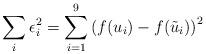
LaTeX: \begin{align*} \sum_i \epsilon_i^2 = \sum_{i=1}^{9} \left( f(u_i) - f(\tilde{u}_i) \right)^2\end{align*}